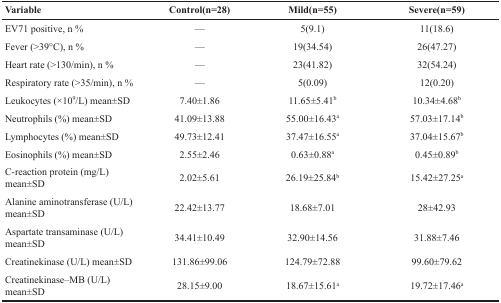
| Variable | Control(n=28) | Mild(n=55) | Severe(n=59) |
 | --- | --- | --- | --- |
 | EV71 positive, n % | — | 5(9.1) | 11(18.6) |
 | Fever (>39°C), n % | — | 19(34.54) | 26(47.27) |
 | Heart rate (>130/min), n % | — | 23(41.82) | 32(54.24) |
 | Respiratory rate (>35/min), n % | — | 5(0.09) | 12(0.20) |
 | Leukocytes (×109/L) mean±SD | 7.40±1.86 | 11.65±5.41b | 10.34±4.68b |
 | Neutrophils (%) mean±SD | 41.09±13.88 | 55.00±16.43a | 57.03±17.14b |
 | Lymphocytes (%) mean±SD | 49.73±12.41 | 37.47±16.55a | 37.04±15.67b |
 | Eosinophils (%) mean±SD | 2.55±2.46 | 0.63±0.88a | 0.45±0.89b |
 | C-reaction protein (mg/L) mean±SD | 2.02±5.61 | 26.19±25.84b | 15.42±27.25a |
 | Alanine aminotransferase (U/L) mean±SD | 22.42±13.77 | 18.68±7.01 | 28±42.93 |
 | Aspartate transaminase (U/L) mean±SD | 34.41±10.49 | 32.90±14.56 | 31.88±7.46 |
 | Creatinekinase (U/L) mean±SD | 131.86±99.06 | 124.79±72.88 | 99.60±79.62 |
 | Creatinekinase–MB (U/L) mean±SD | 28.15±9.00 | 18.67±15.61a | 19.72±17.46a |